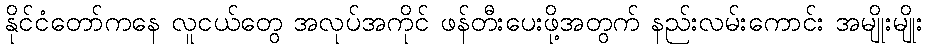
နိုင်ငံတော်ကနေ လူငယ်တွေ အလုပ်အကိုင် ဖန်တီးပေးဖို့အတွက် နည်းလမ်းကောင်း အမျိုးမျိုး